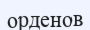
орденов